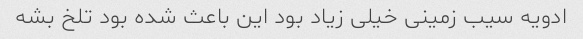
ادویه سیب زمینی خیلی زیاد بود این باعث شده بود تلخ بشه